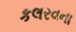
કલરવના